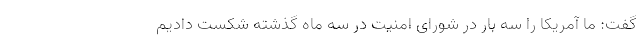
گفت: ما آمریکا را سه بار در شورای امنیت در سه ماه‌ گذشته شکست دادیم